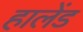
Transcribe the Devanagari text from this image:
हालेंड